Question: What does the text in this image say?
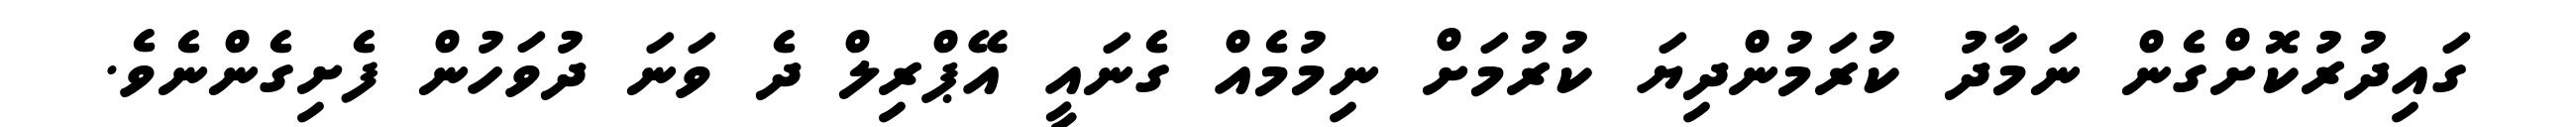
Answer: ގައިދުރުކޮށްގެން ނަމާދު ކުރަމުންދިޔަ ކުރުމަށް ނިމުމެއް ގެނައީ އޭޕްރިލް ދެ ވަނަ ދުވަހުން ފެށިގެންނެވެ.